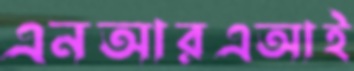
এনআরএআই